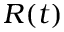
R ( t )